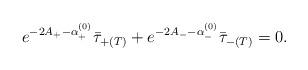
LaTeX: \begin{align*}e^{-2A_+-\alpha^{(0)}_+}\bar{\tau}_{+(T)} + e^{-2A_--\alpha^{(0)}_-}\bar{\tau}_{-(T)} = 0. \end{align*}